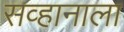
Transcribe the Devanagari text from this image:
सव्हानाला